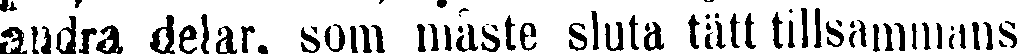
andra delar, som måste sluta tätt tillsammans